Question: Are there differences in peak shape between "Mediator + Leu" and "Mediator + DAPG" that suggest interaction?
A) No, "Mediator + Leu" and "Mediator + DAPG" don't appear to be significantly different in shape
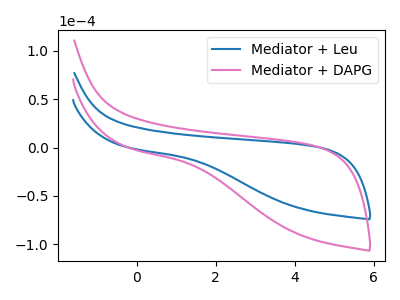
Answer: <think>The blue curve "Mediator + Leu" has no peaks. The pink curve "Mediator + DAPG" has no peaks.
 Neither "Mediator + Leu" or "Mediator + DAPG" have any peaks.</think>
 <answer>A) No, "Mediator + Leu" and "Mediator + DAPG" don't appear to be significantly different in shape</answer>
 <eval>A</eval>